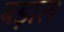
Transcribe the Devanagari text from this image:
बड़ाल